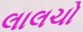
લાલચો